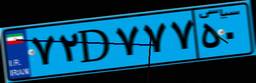
۷۲D۷۷۷۵۰